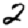
Digit: 2